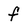
Character: f